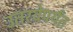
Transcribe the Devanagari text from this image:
उतरवेपर्यंत